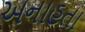
અનાહતા